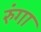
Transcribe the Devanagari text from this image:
रुंगा